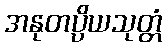
အနုတပ္ပိယသုတ္တံ